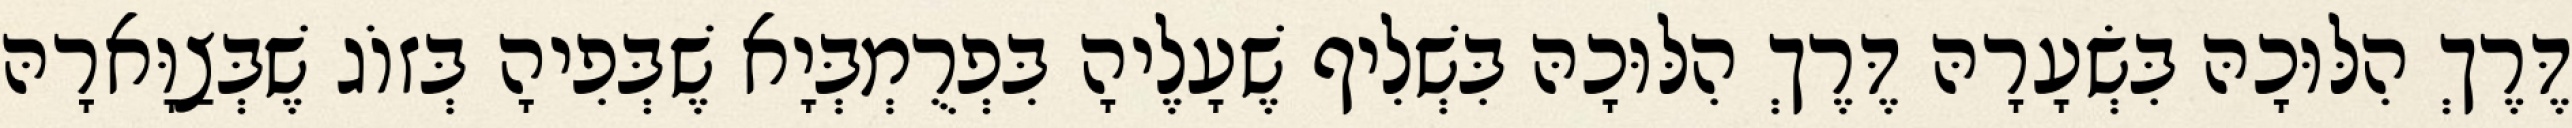
דֶּרֶךְ הִלּוּכָהּ בִּשְׂעָרָהּ דֶּרֶךְ הִלּוּכָהּ בִּשְׁלִיף שֶׁעָלֶיהָ בִּפְרֻמְבְּיָא שֶׁבְּפִיהָ בְּזוֹג שֶׁבְּצַוָּארָהּ